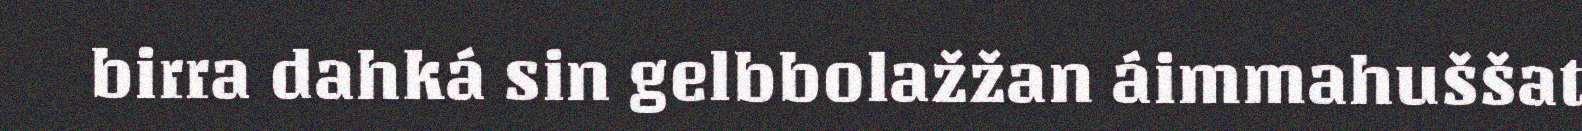
birra dahká sin gelbbolažžan áimmahuššat